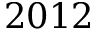
2 0 1 2